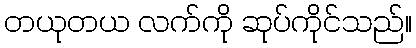
တယုတယ လက်ကို ဆုပ်ကိုင်သည်။